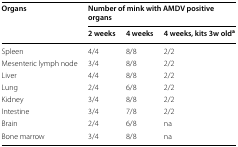
| <ROWSPAN=2> Organs | <COLSPAN=3> Number of mink with AMDV positive organs |
 | 2 weeks | 4 weeks | 4 weeks, kits 3w olda |
 | --- | --- | --- | --- |
 | Spleen | 4/4 | 8/8 | 2/2 |
 | Mesenteric lymph node | 3/4 | 8/8 | 2/2 |
 | Liver | 4/4 | 8/8 | 2/2 |
 | Lung | 2/4 | 6/8 | 2/2 |
 | Kidney | 3/4 | 8/8 | 2/2 |
 | Intestine | 3/4 | 7/8 | 2/2 |
 | Brain | 2/4 | 6/8 | na |
 | Bone marrow | 3/4 | 8/8 | na |